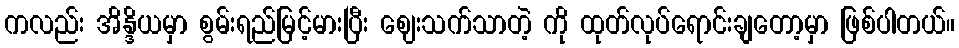
ကလည်း အိန္ဒိယမှာ စွမ်းရည်မြင့်မားပြီး ဈေးသက်သာတဲ့ ကို ထုတ်လုပ်ရောင်းချတော့မှာ ဖြစ်ပါတယ်။